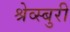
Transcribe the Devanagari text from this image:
श्रेव्स्बुरी